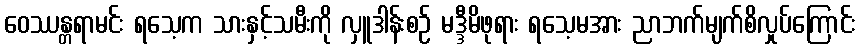
ဝေဿန္တရာမင်း ရသေ့က သားနှင့်သမီးကို လှူဒါန်းစဉ် မဒ္ဒီမိဖုရား ရသေ့မအား ညာဘက်မျက်စိလှုပ်ကြောင်း